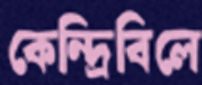
কেন্দ্রিবিলে